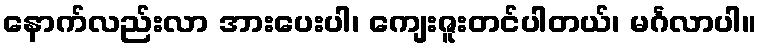
နောက်လည်းလာ အားပေးပါ၊ ကျေးဇူးတင်ပါတယ်၊ မင်္ဂလာပါ။